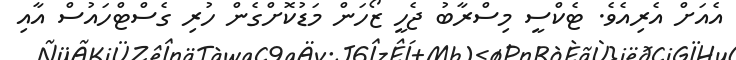
އެއަށް އެރިއެވެ. ޓެކްސީ މިސްރާބު ޖެހީ ޒޯހަން މަޑުކޮށްގެން ހުރި ގެސްޓްހައުސް އާއި